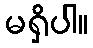
မရှိပါ။